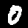
Label: 0